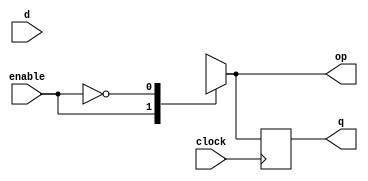
module denmux(
  input d,enable,clock,
  output reg q,op);
  always@(*)
    begin
      case(enable)
        1:op=d;
        0:op=invalid;
      endcase
    end
  always@(posedge clock)
    begin
      q=op;
    end
endmodule